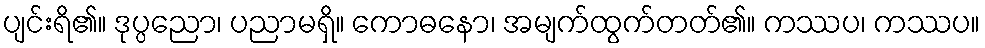
ပျင်းရိ၏။ ဒုပ္ပညော၊ ပညာမရှိ။ ကောဓနော၊ အမျက်ထွက်တတ်၏။ ကဿပ၊ ကဿပ။